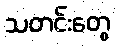
သတင်းတွေ